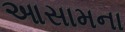
આસામના